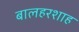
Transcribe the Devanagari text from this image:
बालहरशाह